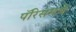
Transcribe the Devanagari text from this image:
पॅरिसमधे